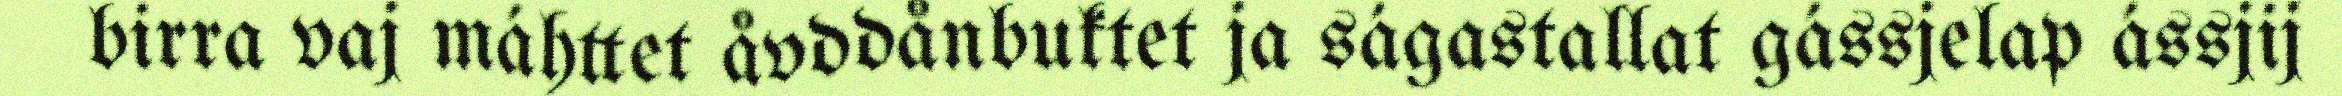
birra vaj máhttet åvddånbuktet ja ságastallat gássjelap ássjij